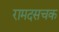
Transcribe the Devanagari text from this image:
रामदसचक